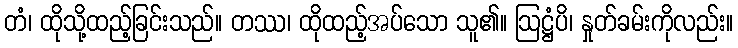
တံ၊ ထိုသို့ထည့်ခြင်းသည်။ တဿ၊ ထိုထည့်အပ်သော သူ၏။ ဩဋ္ဌံပိ၊ နှုတ်ခမ်းကိုလည်း။